Report on sanitation, dispensaries, and jails in Rajputana for 1916, and on vaccination for the year 1916-1917 - 1916-1917
Year: 1916
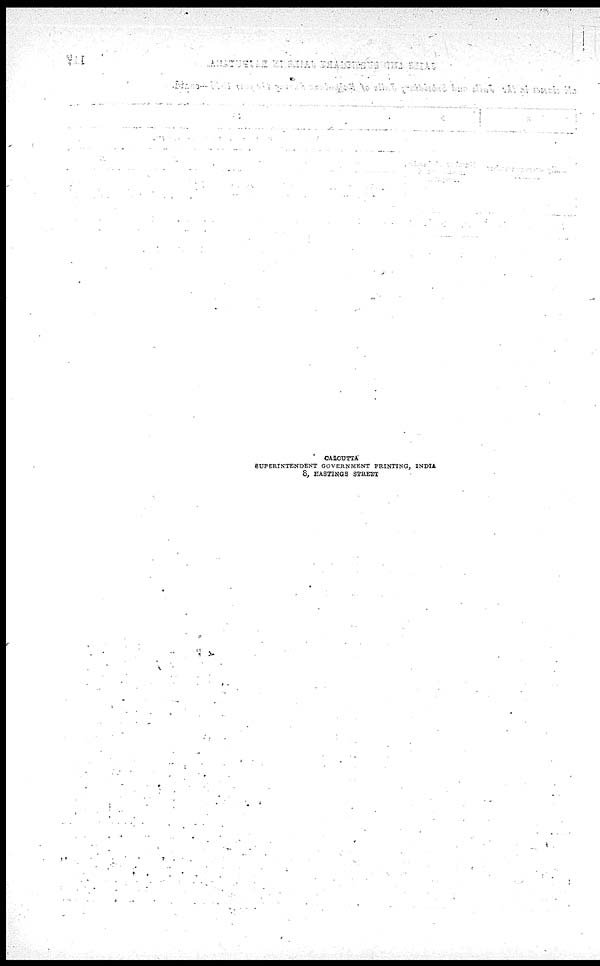
CALCUTTA
SUPERINTENDENT GOVERNMENT PRINTING, INDIA
8, HASTINGS STREET